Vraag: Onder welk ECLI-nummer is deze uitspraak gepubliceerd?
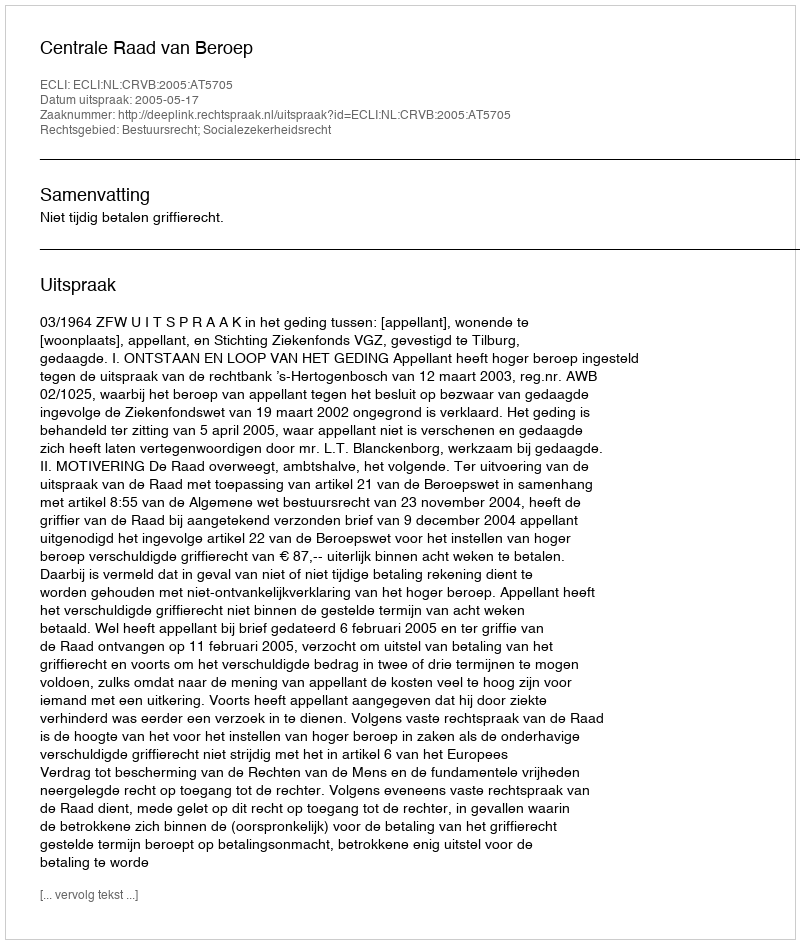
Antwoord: ECLI:NL:CRVB:2005:AT5705